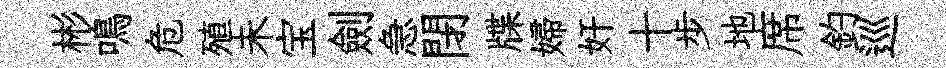
彬鳴危殖未宝劍急閉牒婦奸十步地席釣巡